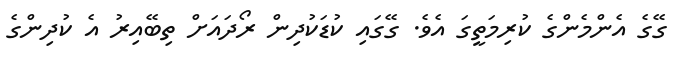
ގޭގެ އެންމެންގެ ކުރިމަތީގަ އެވެ. ގޭގައި ކުޑަކުދިން ރޯދައަށް ތިބޭއިރު އެ ކުދިންގެ